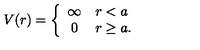
V ( r ) = \left\{ \begin{array} { c l } { \infty } & { r < a } \\ { 0 } & { r \ge a . } \\ \end{array} \right.